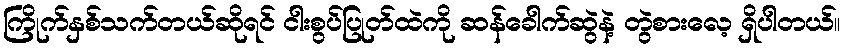
ကြိုက်နှစ်သက်တယ်ဆိုရင် ငါးစွပ်ပြုတ်ထဲကို ဆန်ခေါက်ဆွဲနဲ့ တွဲစားလေ့ ရှိပါတယ်။